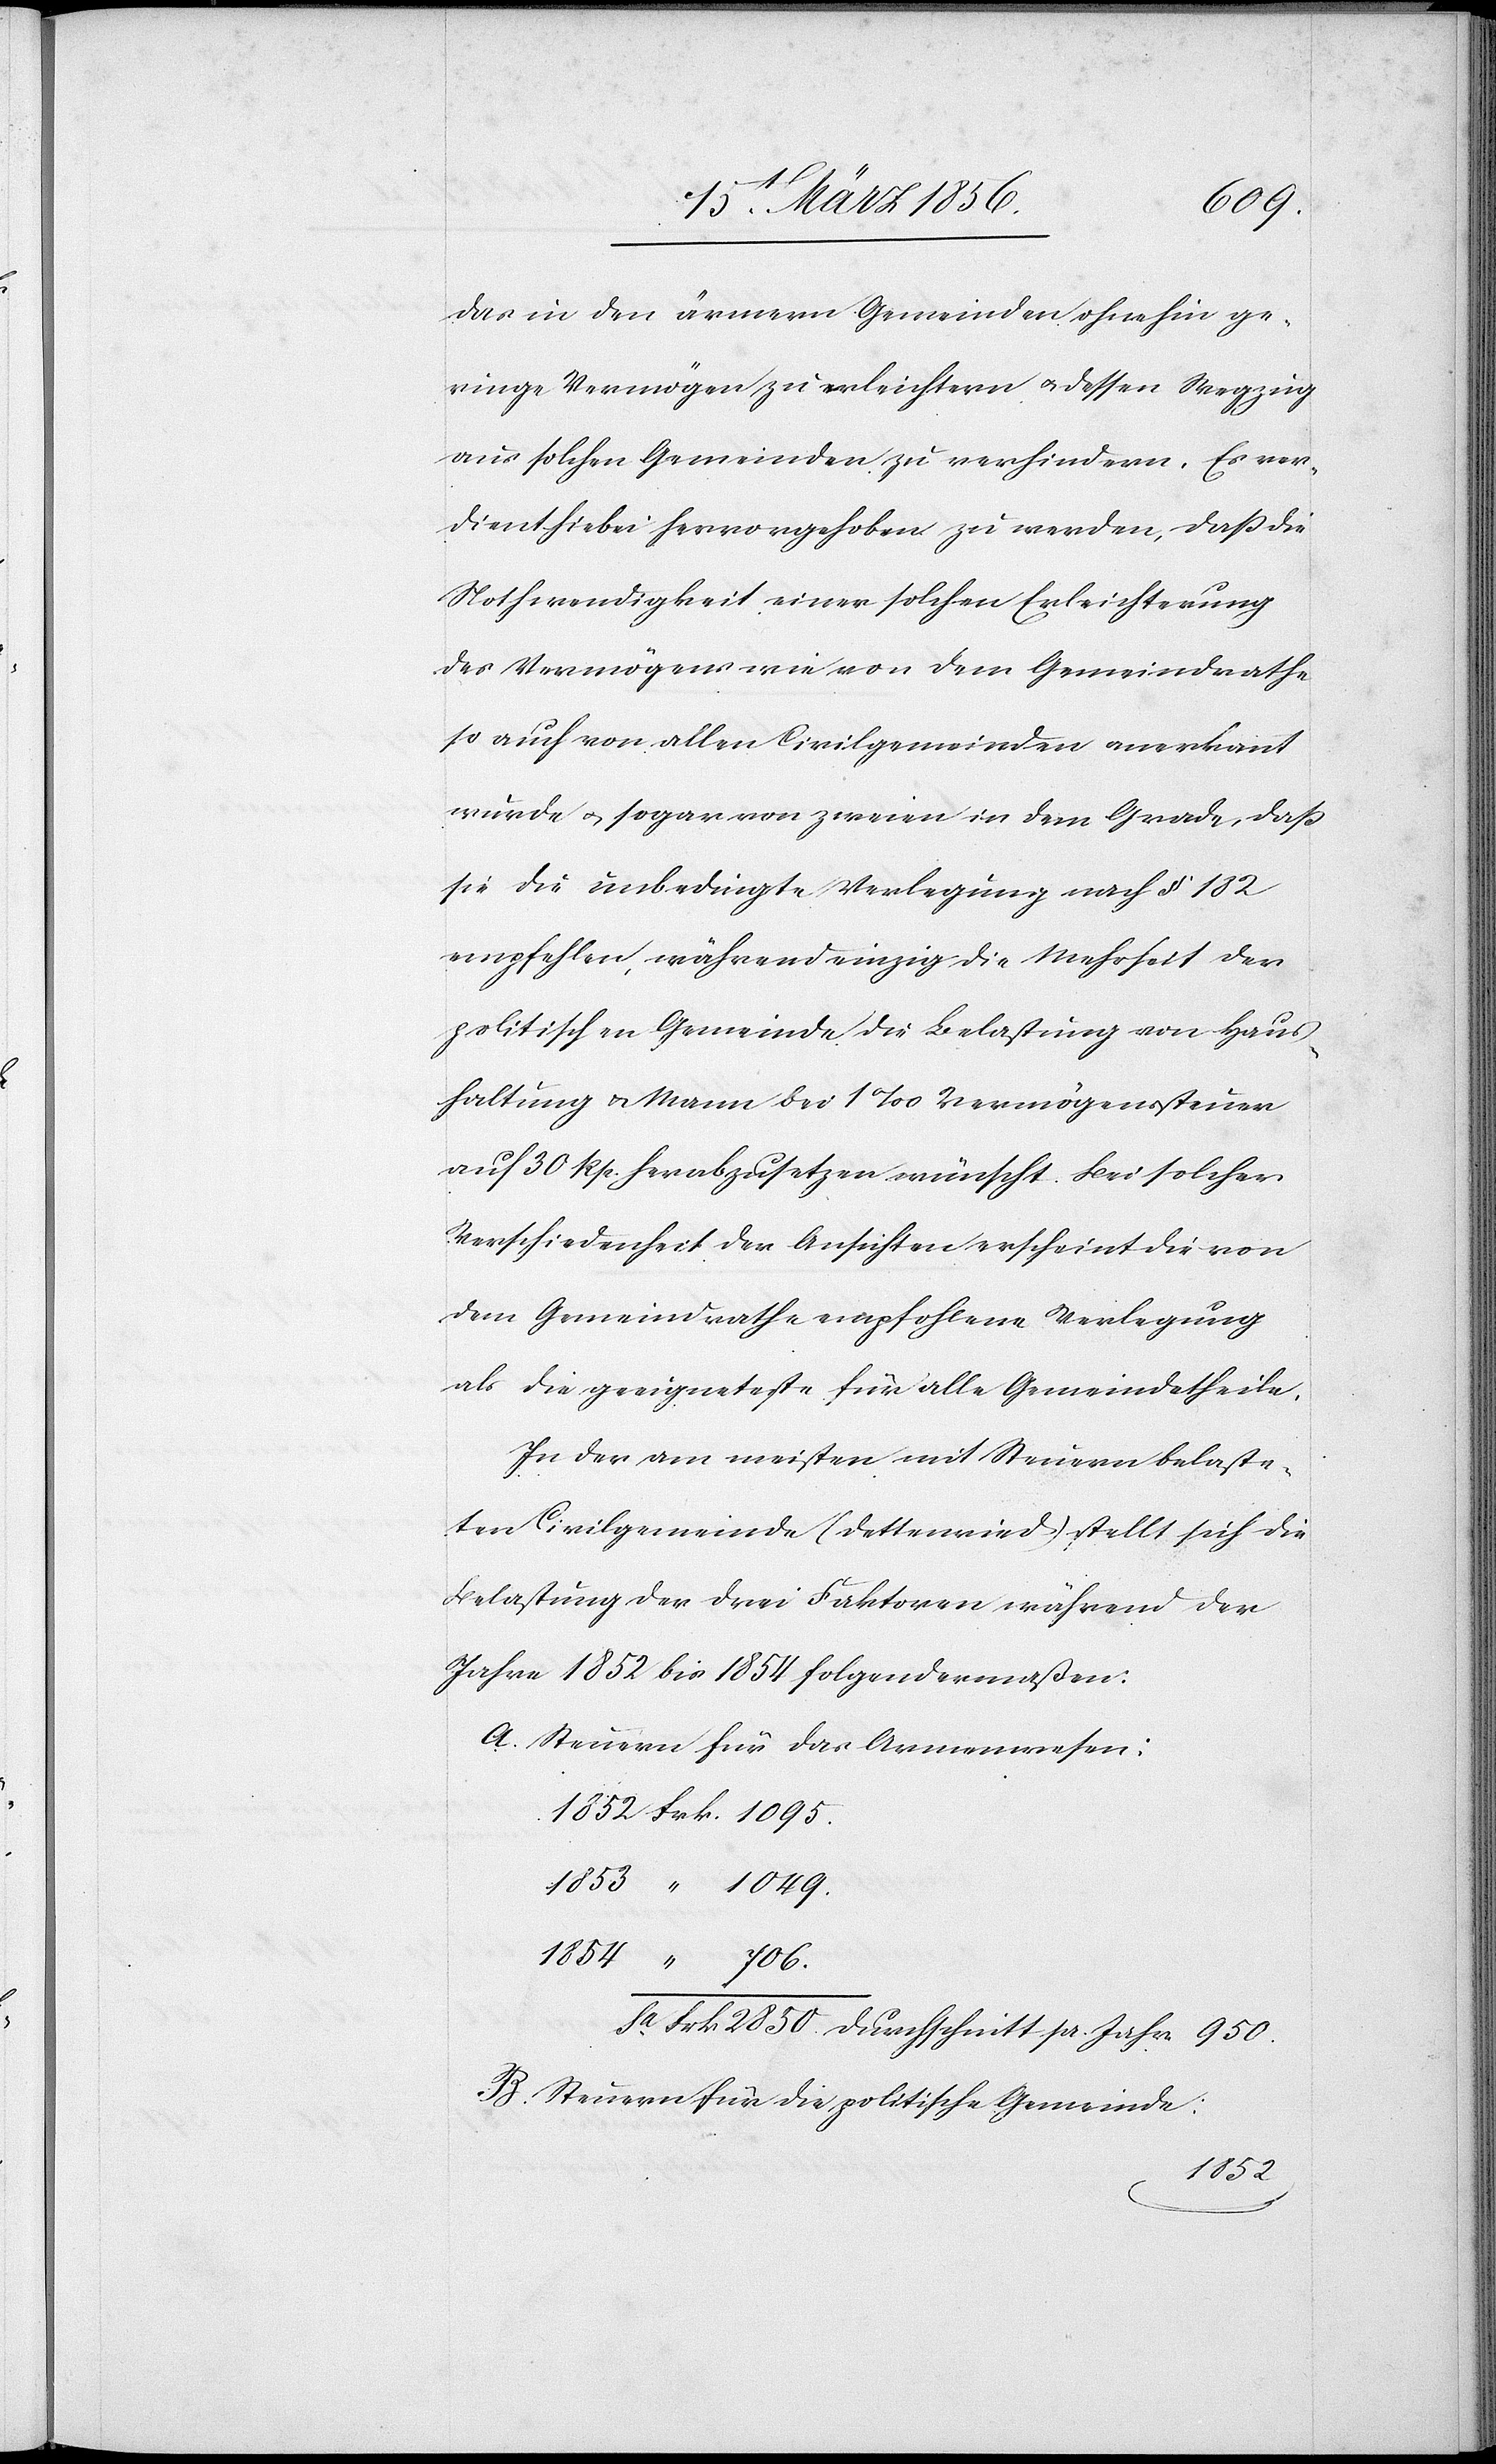
das in den ärmern Gemeinden ohnehin ge¬
ringe Vermögen zu erleichtern u. dessen Wegzug
aus solchen Gemeinden zu verhindern. Es ver¬
dient hiebei hervorgehoben zu werden, daß die
Nothwendigkeit einer solchen Erleichterung
des Vermögens wie von dem Gemeindrathe
so auch von allen Civilgemeinden anerkannt
wurde u. sogar von zweien in dem Grade, daß
sie die unbedingte Verlegung nach § 182
empfehlen, während einzig die Mehrheit der
politischen Gemeinde die Belastung von Haus¬
haltung & Mann bei 1‰ Vermögenssteuer
auf 30 Rp. herabzusetzen wünscht. Bei solcher
Verschiedenheit der Ansichten erscheint die von
dem Gemeindrathe empfohlene Verlegung
als die geeigneteste für alle Gemeindetheile.
In der am meisten mit Steuern belaste¬
ten Civilgemeinde (Dettenried) stellt sich die
Belastung der drei Faktoren während der
Jahre 1852 bis 1854 folgendermaßen:
A. Steuern für das Armenwesen:
Sa	Frk	2850.	Durchschnitt pr. Jahr 950.
B. Steuern für die politische Gemeinde
1853